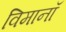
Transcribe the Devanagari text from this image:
विमानॉ